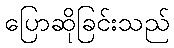
ပြောဆိုခြင်းသည်